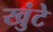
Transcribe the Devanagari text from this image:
खुंटे